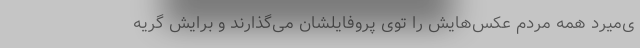
ی‌میرد همه مردم عکس‌هایش را توی پروفایلشان می‌گذارند و برایش گریه